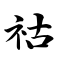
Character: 祜